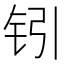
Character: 𰽣